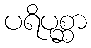
ပရိပုစ္ဆာ